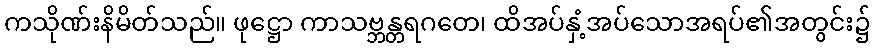
ကသိုဏ်းနိမိတ်သည်။ ဖုဋ္ဌော ကာသဗ္ဘန္တရဂတေ၊ ထိအပ်နှံ့အပ်သောအရပ်၏အတွင်း၌